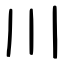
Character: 川